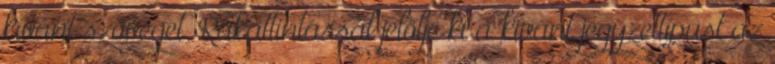
kívánt szöveget. Rákattintással jelölje ki a kívánt jegyzettípust az